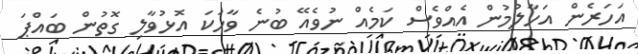
އަހަރެން އަހާލުމުން އެއްވެސް ކަމެއް ނުވެއޭ ބުނެ ވާހަކަ އޮޅުވާލި ގޮތުން ބައްޕަ